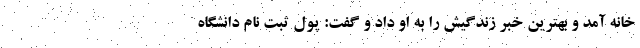
خانه آمد و بهترین خبر زندگیش را به او داد و گفت: پول ثبت نام دانشگاه